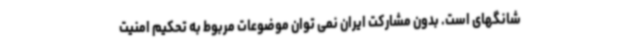
شانگهای است. بدون مشارکت ایران نمی توان موضوعات مربوط به تحکیم امنیت